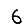
Digit: 6